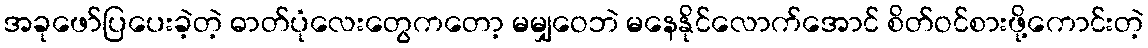
အခုဖော်ပြပေးခဲ့တဲ့ ဓာတ်ပုံလေးတွေကတော့ မမျှဝေဘဲ မနေနိုင်လောက်အောင် စိတ်ဝင်စားဖို့ကောင်းတဲ့